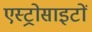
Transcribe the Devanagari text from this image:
एस्ट्रोसाइटों